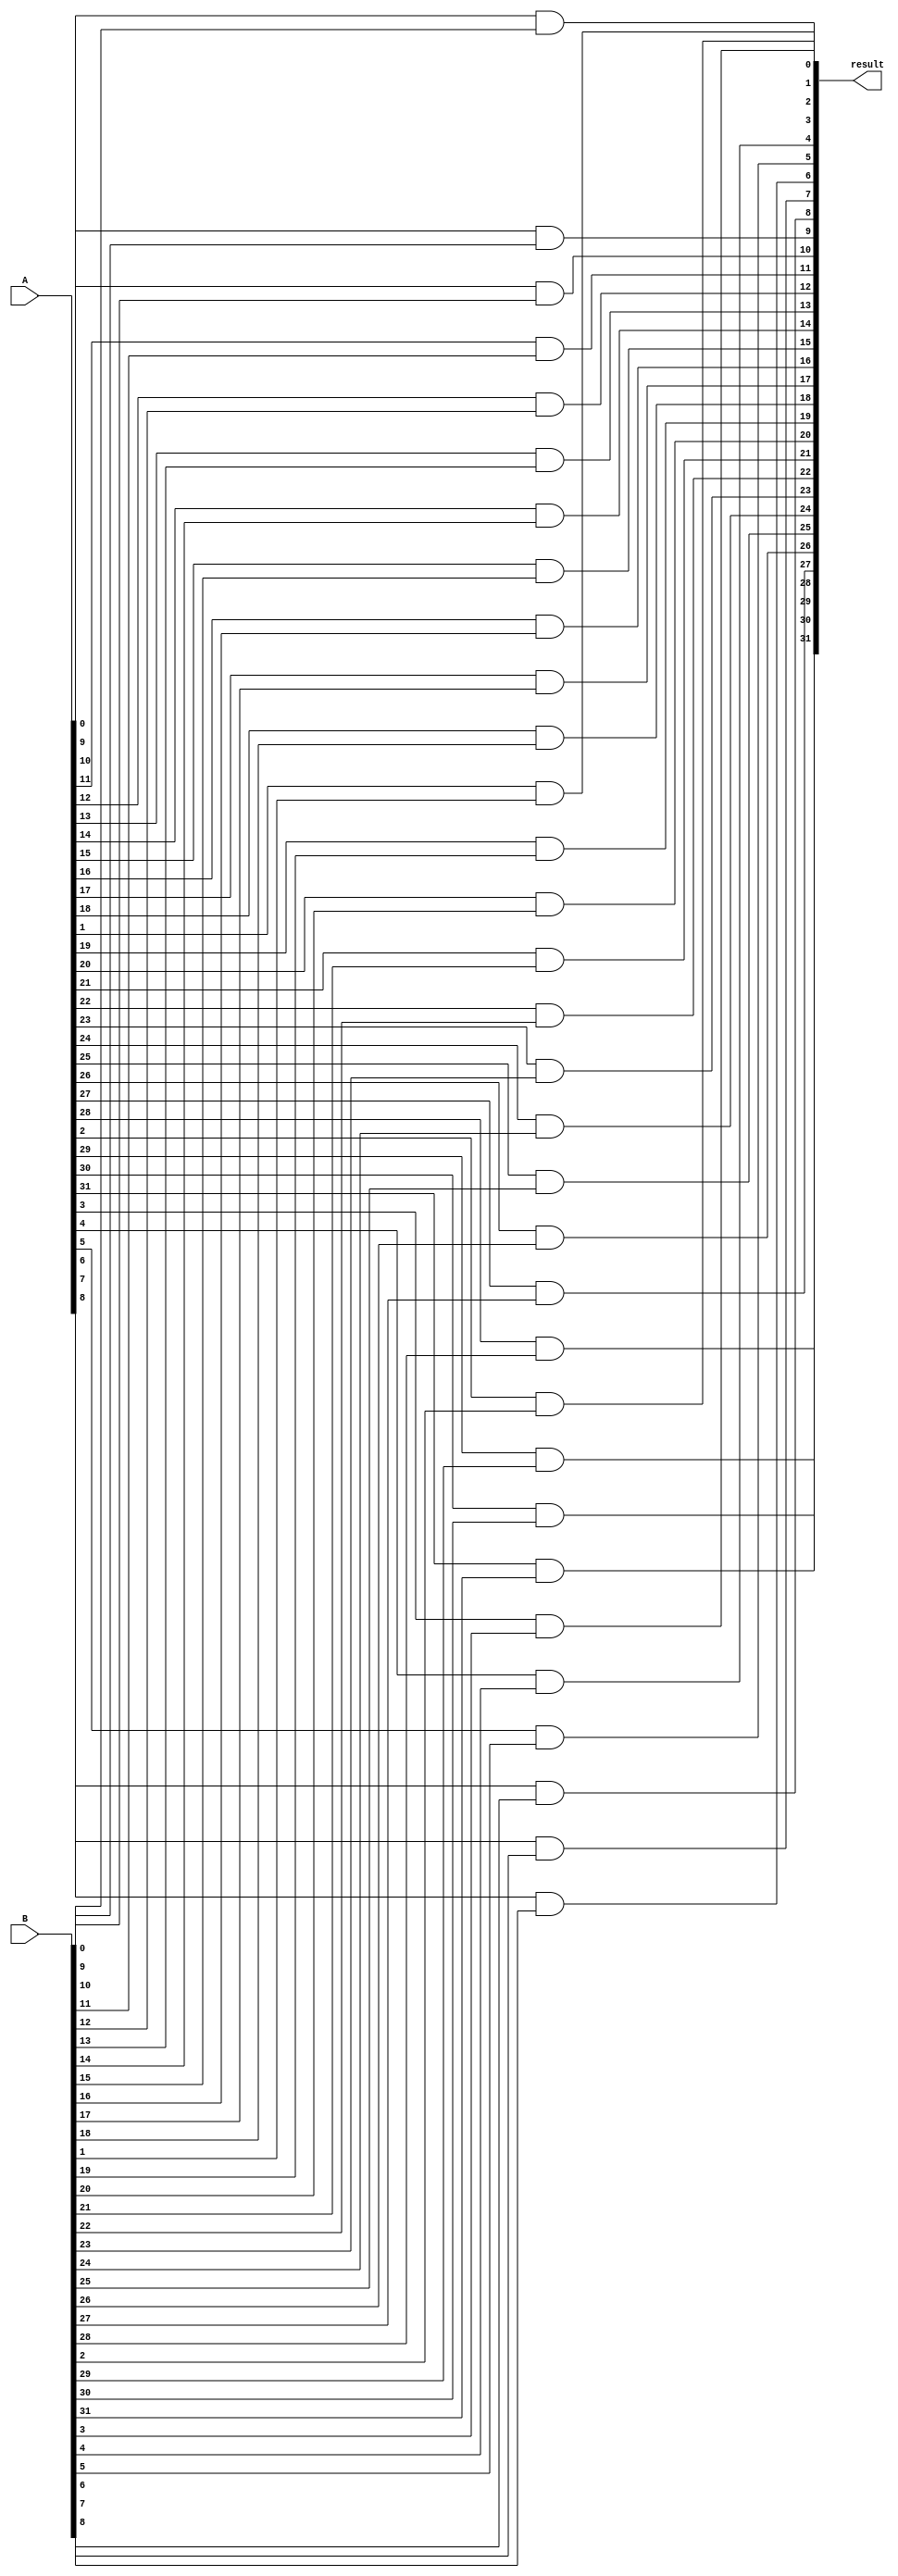
module and_32bits (input [31:0] A, input [31:0] B, output [31:0] result);

	// generation variable to prevent repetition
	genvar i;
	// for loop for and1
	generate 
		for (i=0; i<=31; i = i+1) begin: myandgate
			and (result[i], A[i], B[i]);
		end
	endgenerate

endmodule